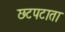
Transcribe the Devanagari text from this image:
छटपटाता